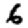
Digit: 6